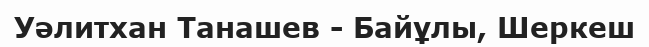
Уәлитхан Танашев - Байұлы, Шеркеш